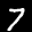
Label: 7